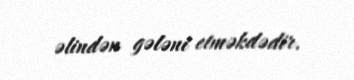
əlindən gələni etməkdədir.